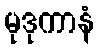
မုဒုကာနံ